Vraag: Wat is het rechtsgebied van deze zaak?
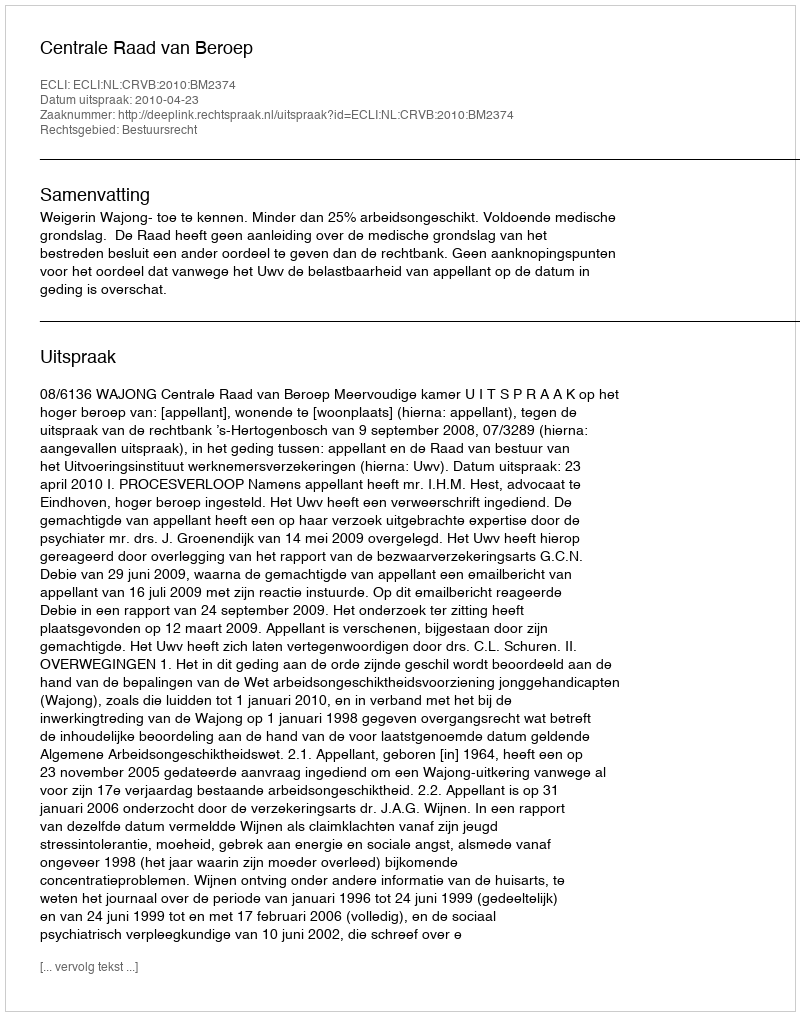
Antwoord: Bestuursrecht